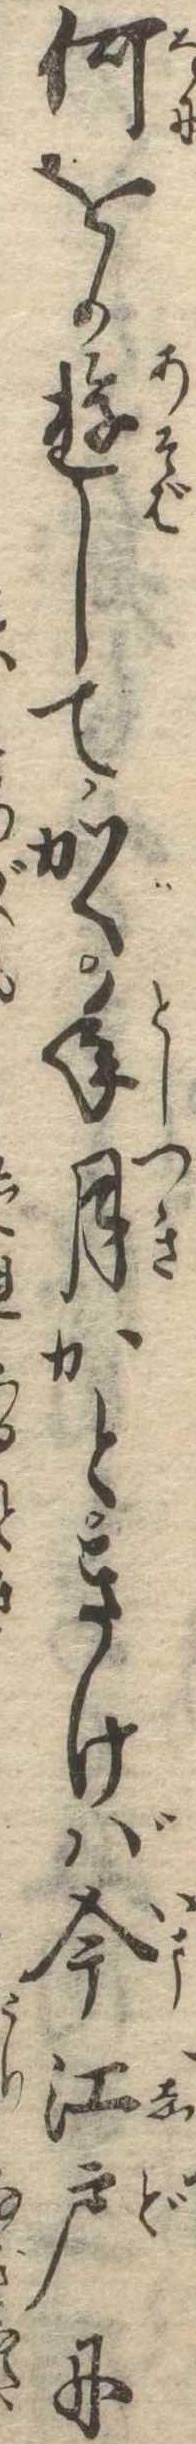
何をか遊してかく年月かときけば今江戸に